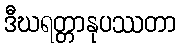
ဒီဃရတ္တာနုပဿတာ